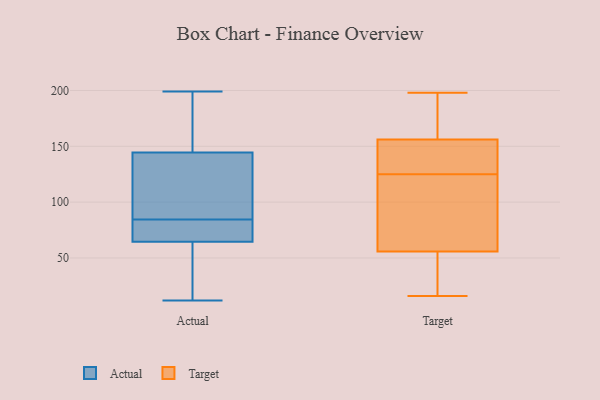
{"axis": {"x": "Headcount", "y": "Value"}, "legend": ["Actual", "Target"], "data": [{"x": "", "y": 12, "type": "Actual"}, {"x": "", "y": 199, "type": "Actual"}, {"x": "", "y": 72, "type": "Actual"}, {"x": "", "y": 79, "type": "Actual"}, {"x": "", "y": 90, "type": "Actual"}, {"x": "", "y": 149, "type": "Actual"}, {"x": "", "y": 39, "type": "Actual"}, {"x": "", "y": 140, "type": "Actual"}, {"x": "", "y": 61, "type": "Actual"}, {"x": "", "y": 123, "type": "Actual"}, {"x": "", "y": 68, "type": "Actual"}, {"x": "", "y": 151, "type": "Actual"}, {"x": "", "y": 85, "type": "Target"}, {"x": "", "y": 172, "type": "Target"}, {"x": "", "y": 46, "type": "Target"}, {"x": "", "y": 18, "type": "Target"}, {"x": "", "y": 162, "type": "Target"}, {"x": "", "y": 198, "type": "Target"}, {"x": "", "y": 125, "type": "Target"}, {"x": "", "y": 134, "type": "Target"}, {"x": "", "y": 138, "type": "Target"}, {"x": "", "y": 101, "type": "Target"}, {"x": "", "y": 16, "type": "Target"}]}